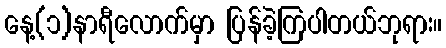
နေ့(၁)နာရီလောက်မှာ ပြန်ခဲ့ကြပါတယ်ဘုရား။